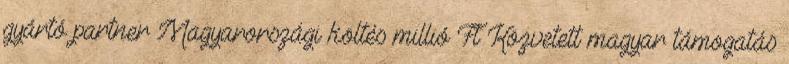
gyártó partner Magyarországi költés millió Ft Közvetett magyar támogatás